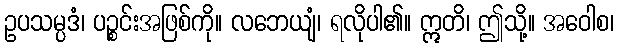
ဥပသမ္ပဒံ၊ ပဉ္စင်းအဖြစ်ကို။ လဘေယျံ၊ ရလိုပါ၏။ ဣတိ၊ ဤသို့။ အဝေါစ၊